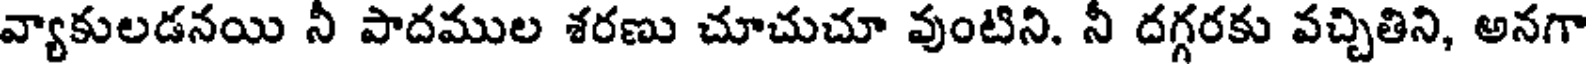
వ్యాకులడనయి నీ పాదముల శరణు చూచుచూ వుంటిని. నీ దగ్గరకు వచ్చితిని, అనగా